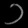
Digit: ၁